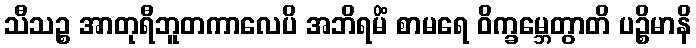
သီသဉ္စ အာတုရီဘူတကာလေပိ အဘိရမိံ စာမရေ ဝိက္ခမ္ဘေတွာတိ ပဉ္စိမာနိ